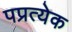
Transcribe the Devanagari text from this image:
पप्रत्येक